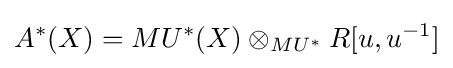
A^{*}(X)=MU^{*}(X)\otimes _{MU^{*}}R[u,u^{-1}]